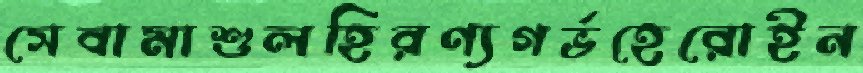
সেবামাশুলহিরণ্যগর্ভহেরোইন